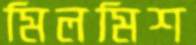
মিলমিশ